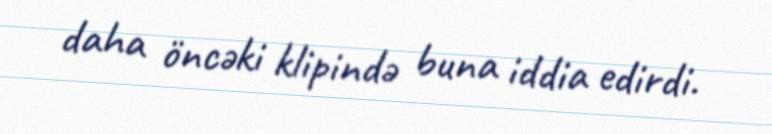
daha öncəki klipində buna iddia edirdi.